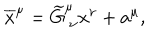
\overline { { { x } } } ^ { \mu } = \widetilde { G } _ { \ \nu } ^ { \mu } x ^ { \nu } + a ^ { \mu } ,